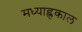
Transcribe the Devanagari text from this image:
मध्याह्लकाल